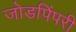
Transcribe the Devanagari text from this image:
जोडपिंपरी